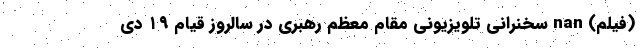
(فیلم) nan سخنرانی تلویزیونی مقام معظم رهبری در سالروز قیام ۱۹ دی